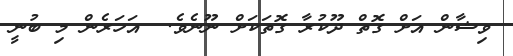
ވިޝާން އަށް ގޮތް ދޫކުރާ ގޮތަކަށް ނޫނެވެ.  އަަހަރެން މި ބުނީ